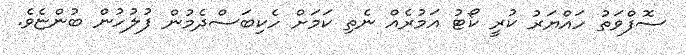
ސޮފްވަތު ހައްޔަރު ކުރީ ކޯޓު އަމުރެއް ނެތި ކަމަށް ހެކިބަސްދެމުން ފުލުހުން ބުންޏެވެ.